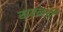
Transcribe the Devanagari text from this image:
सरवनी